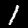
Label: 1